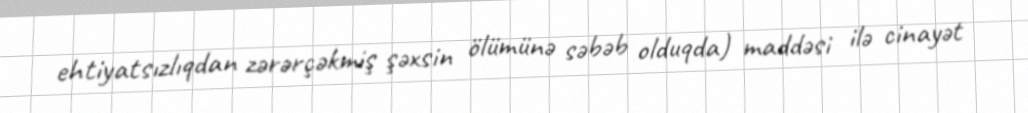
ehtiyatsızlıqdan zərərçəkmiş şəxsin ölümünə səbəb olduqda) maddəsi ilə cinayət